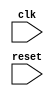
module AXI_bus_controller(
    input wire clk,
    input wire reset,
    // Add other input and output ports here as needed
    
    // Clock generators, delay elements, synchronization logic components
);

    // Your Verilog code here

endmodule